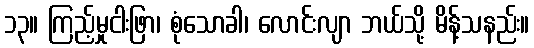
၁၃။ ကြည့်မှုငါးဖြာ၊ စုံသောခါ၊ လောင်းလျာ ဘယ်သို့ မိန့်သနည်း။